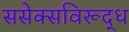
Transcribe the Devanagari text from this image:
ससेक्सविरूद्ध